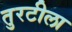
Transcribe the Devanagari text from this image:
तुरटीला